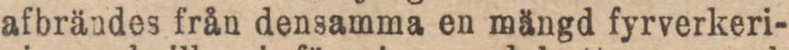
afbrändes från densamma en mängd fyrverkeri-